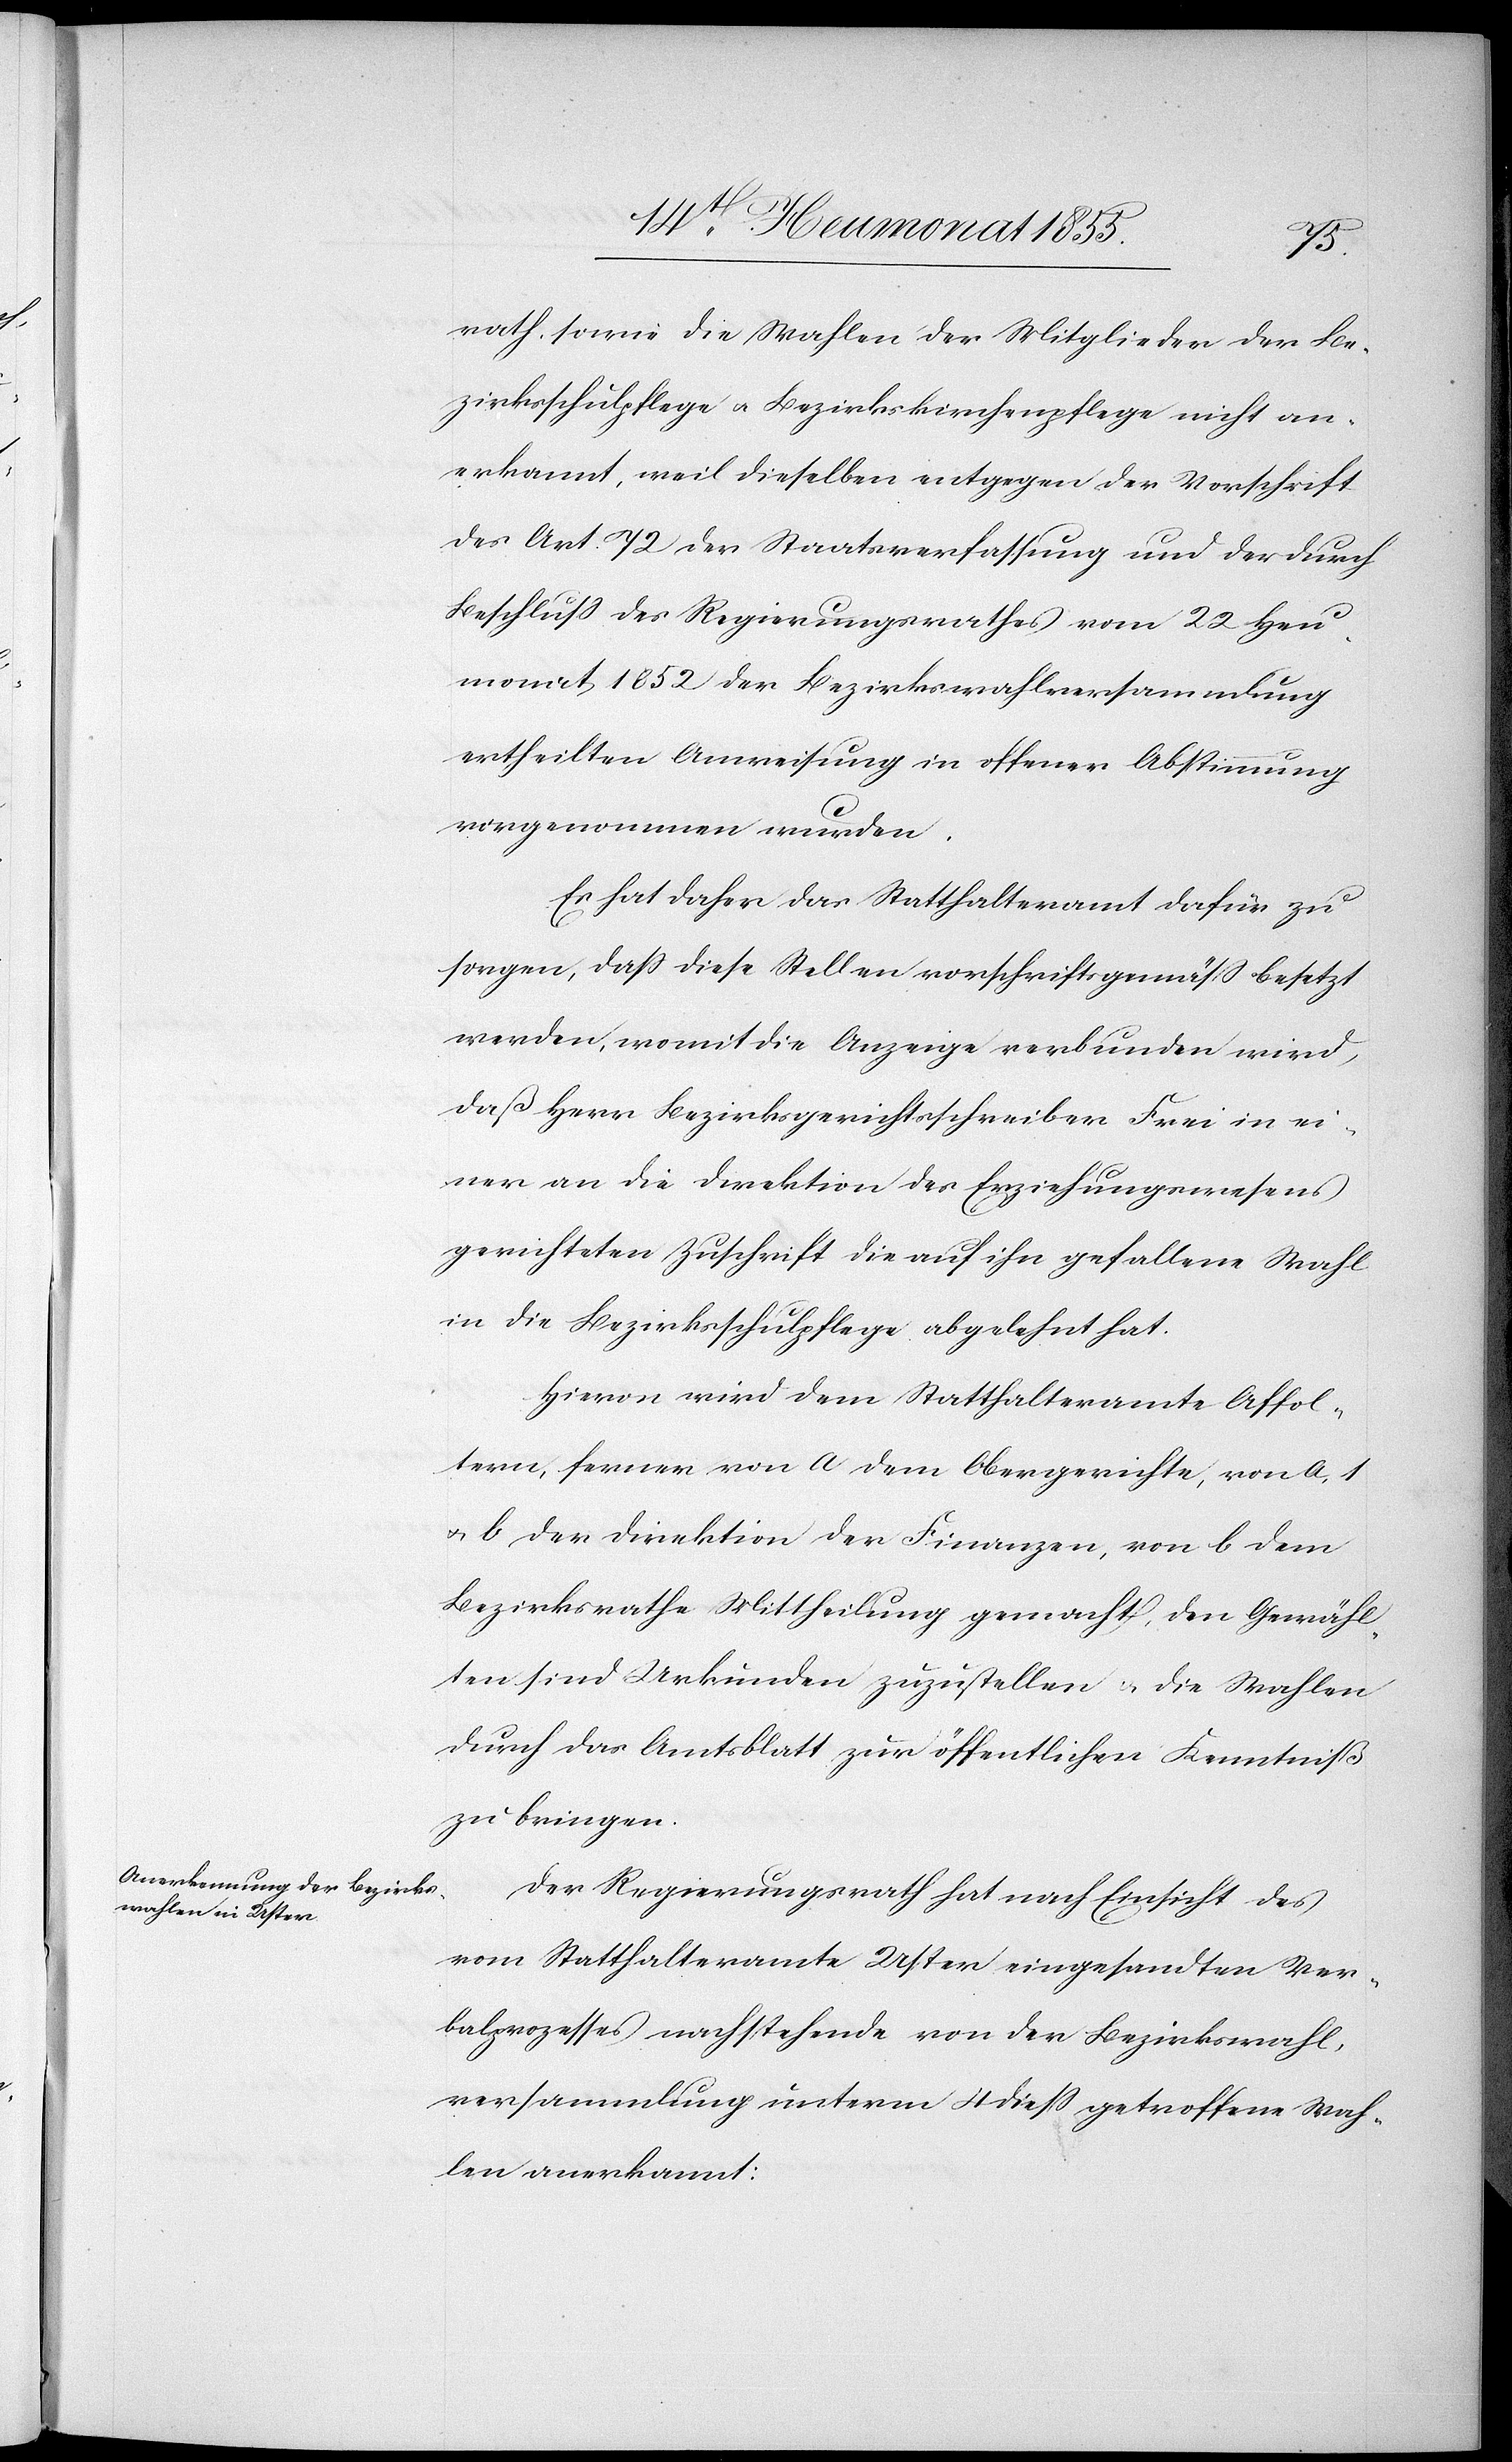
rath, sowie die Wahlen der Mitglieder der Be¬
zirksschulpflege & Bezirkskirchenpflege nicht an¬
erkannt, weil dieselben entgegen der Vorschrift
des Art. 72 der Staatsverfassung und der durch
Beschluss des Regierungsrathes vom 22 Heu¬
monat 1852 der Bezirkswahlversammlung
ertheilten Anweisung in offener Abstimmung
vorgenommen wurden.
Es hat daher das Statthalteramt dafür zu
sorgen, dass diese Stellen vorschriftgemäss besetzt
werden, womit die Anzeige verbunden wird,
daß Herr Bezirksgerichtsschreiber Frei in ei¬
ner an die Direktion des Erziehungswesens
gerichteten Zuschrift die auf ihn gefallene Wahl
in die Bezirksschulpflege abgelehnt hat.
Hievon wird dem Statthalteramte Affol¬
tern, ferner von a dem Obergerichte, von a, 1
& b der Direktion der Finanzen, von b dem
Bezirksrathe Mittheilung gemacht, den Gewähl¬
ten sind Urkunden zuzustellen & die Wahlen
durch das Amtsblatt zur öffentlichen Kenntniß
zu bringen.
Der Regierungsrath hat nach Einsicht des
vom Statthalteramte Uster eingesandten Ver¬
balprozesses nachstehende von der Bezirkswahl¬
versammlung unterm 4 diess getroffene Wah¬
len anerkannt: